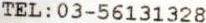
TEL:03-56131328